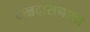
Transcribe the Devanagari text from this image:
कन्नदासनाला